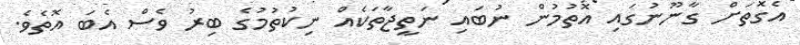
އެގޮތަށް ގާނޫނުގައި އޮތުމުން ނުބައި ނަތީޖާތަކެއް ނިކުތުމުގެ ބިރު ވެސް އެބަ އޮތެވެ.